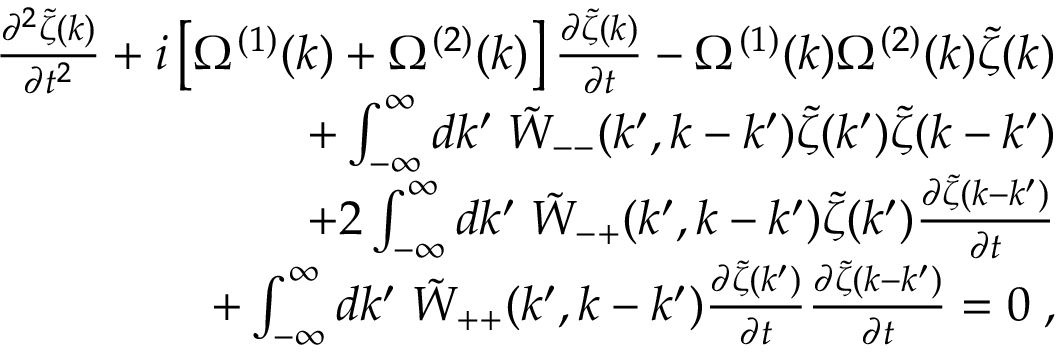
\begin{array} { r l r } & { } & { \frac { \partial ^ { 2 } \tilde { \zeta } ( k ) } { \partial t ^ { 2 } } + i \left[ \Omega ^ { ( 1 ) } ( k ) + \Omega ^ { ( 2 ) } ( k ) \right] \frac { \partial \tilde { \zeta } ( k ) } { \partial t } - \Omega ^ { ( 1 ) } ( k ) \Omega ^ { ( 2 ) } ( k ) \tilde { \zeta } ( k ) } \\ & { } & { + \int _ { - \infty } ^ { \infty } d k ^ { \prime } \; \tilde { W } _ { -- } ( k ^ { \prime } , k - k ^ { \prime } ) \tilde { \zeta } ( k ^ { \prime } ) \tilde { \zeta } ( k - k ^ { \prime } ) } \\ & { } & { + 2 \int _ { - \infty } ^ { \infty } d k ^ { \prime } \; \tilde { W } _ { - + } ( k ^ { \prime } , k - k ^ { \prime } ) \tilde { \zeta } ( k ^ { \prime } ) \frac { \partial \tilde { \zeta } ( k - k ^ { \prime } ) } { \partial t } } \\ & { } & { + \int _ { - \infty } ^ { \infty } d k ^ { \prime } \; \tilde { W } _ { + + } ( k ^ { \prime } , k - k ^ { \prime } ) \frac { \partial \tilde { \zeta } ( k ^ { \prime } ) } { \partial t } \frac { \partial \tilde { \zeta } ( k - k ^ { \prime } ) } { \partial t } = 0 \; , } \end{array}